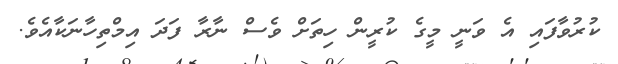
ކުރުވާފައި އެ ވަނީ މީގެ ކުރީން ހިތަށް ވެސް ނާރާ ފަދަ އިމްތިހާނަކާއެވެ.